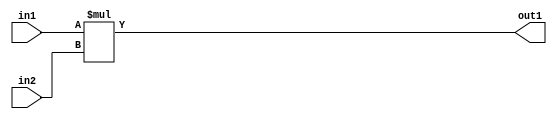
`timescale 1ps / 1ps
/*****************************************************************************
    Verilog RTL Description
    
    
    Created by: Stratus DpOpt 2019.1.01 
*******************************************************************************/

module GaussFilter_Mul_64Ux64U_64U_1 (
	in2,
	in1,
	out1
	); /* architecture "behavioural" */ 
input [63:0] in2,
	in1;
output [63:0] out1;
wire [63:0] asc001;

assign asc001 = 
	+(in1 * in2);

assign out1 = asc001;
endmodule

/* CADENCE  urn2Qgs= : u9/ySgnWtBlWxVPRXgAZ4Og= ** DO NOT EDIT THIS LINE ******/